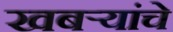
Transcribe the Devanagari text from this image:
खबऱ्यांचे